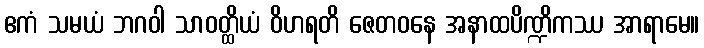
ဧကံ သမယံ ဘဂဝါ သာဝတ္ထိယံ ဝိဟရတိ ဇေတဝနေ အနာထပိဏ္ဍိကဿ အာရာမေ။